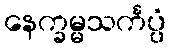
နေက္ခမ္မသင်္ကပ္ပံ